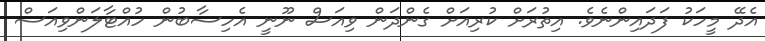
އެދޭ މީހަކު ފަދައިންނެވެ. އިތުރަށް ކުރިއަށް ގެންދަން ވިއަސް ނޫނީ އެހިސާބުން ހުއްޓާލަންވިއަސް